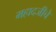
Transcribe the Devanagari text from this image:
महादजीचे